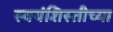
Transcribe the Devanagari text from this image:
स्वयंशिस्तीच्या